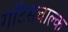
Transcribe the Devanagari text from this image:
गॉटसचाल्क